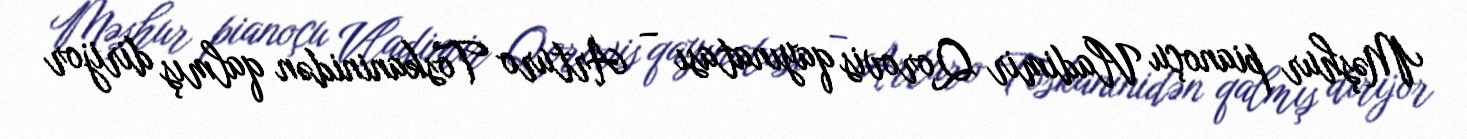
Məşhur pianoçu Vladimir Qorovis qayınatası – Arturo Toskaninidən qalmış dirijor